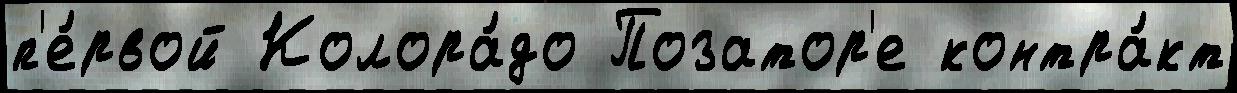
п'е́рвой Колора́до Позатор'е контра́кт